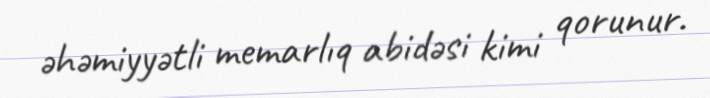
əhəmiyyətli memarlıq abidəsi kimi qorunur.